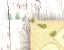
وصديقة